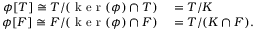
\begin{array} { r l } { \phi [ T ] \cong T / ( \mathrm { ~ k ~ e ~ r ~ } ( \phi ) \cap T ) } & { { } = T / K } \\ { \phi [ F ] \cong F / ( \mathrm { ~ k ~ e ~ r ~ } ( \phi ) \cap F ) } & { { } = T / ( K \cap F ) . } \end{array}